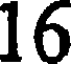
16